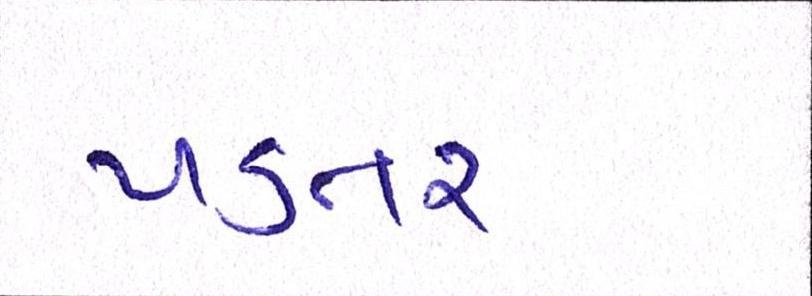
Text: પડતર